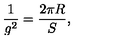
\frac { 1 } { g ^ { 2 } } = \frac { 2 \pi R } { S } ,